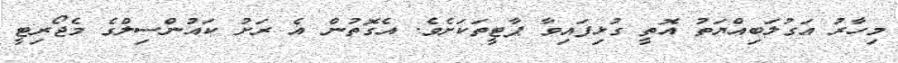
މިހާރު އަގުލަބިއްޔަތު އޮތީ ގުޅިފައިވާ ޕާޓީތަކަށެވެ. އެގޮތުން އެ ރަށު ކައުންސިލްގެ މެޖޯރިޓީ